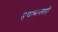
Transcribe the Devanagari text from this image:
मुद्याबाबतही